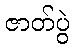
ဇာတ်ပွဲ